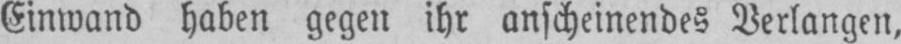
Einwand haben gegen ihr anscheinendes Verlangen,